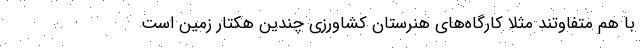
با هم متفاوتند مثلا کارگاه‌های هنرستان کشاورزی چندین هکتار زمین است